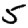
Digit: 5